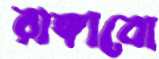
রাঙ্গাবো